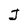
Character: J